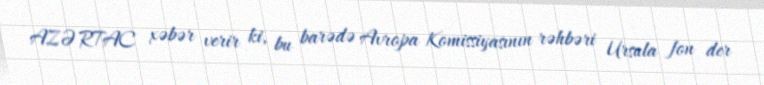
AZƏRTAC xəbər verir ki, bu barədə Avropa Komissiyasının rəhbəri Ursula fon der